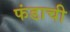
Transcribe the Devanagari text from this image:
फंडाची